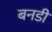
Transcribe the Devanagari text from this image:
बनडी